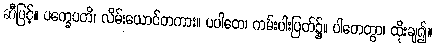
ဆီဖြင့်။ ပက္ခေပတိ၊ လိမ်းယောင်တကား။ ပပါတေ၊ ကမ်းပါးပြတ်၌။ ပါတေတွာ၊ ထိုးချ၍။